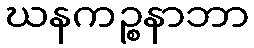
ဃနကဉ္စနာဘာ